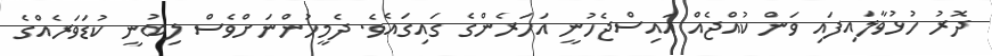
ދޮރު ހުޅުވާލައިފައި ވަން ކުއްޖެއް އައިސްޖެހުނީ އަހަރެންގެ ގައިގައެވެ. ދެމީހުންނަށްވެސް ލިބުނީ ކުޑަވަރެއްގެ